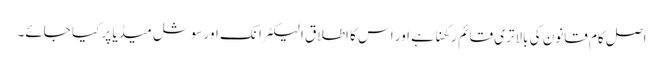
اصل کام قانون کی بالاتری قائم رکھنا ہے اور اس کا اطلاق الیکٹرانک اور سوشل میڈیا پر کیا جائے۔